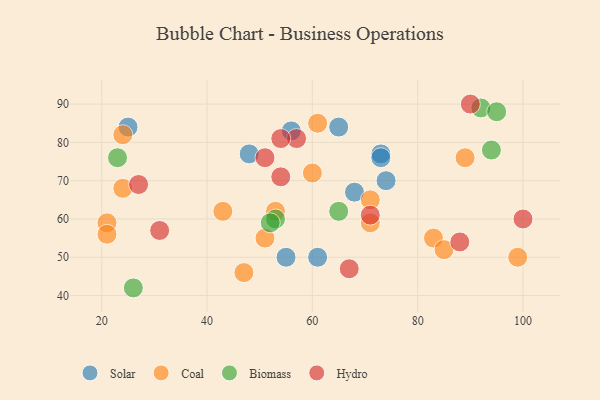
{"axis": {"x": "GDP", "y": "Life Expectancy"}, "legend": ["Biomass", "Coal", "Hydro", "Solar"], "data": [{"x": "61", "y": 50, "type": "Solar"}, {"x": "48", "y": 77, "type": "Solar"}, {"x": "73", "y": 77, "type": "Solar"}, {"x": "25", "y": 84, "type": "Solar"}, {"x": "73", "y": 76, "type": "Solar"}, {"x": "68", "y": 67, "type": "Solar"}, {"x": "65", "y": 84, "type": "Solar"}, {"x": "74", "y": 70, "type": "Solar"}, {"x": "56", "y": 83, "type": "Solar"}, {"x": "55", "y": 50, "type": "Solar"}, {"x": "43", "y": 62, "type": "Coal"}, {"x": "83", "y": 55, "type": "Coal"}, {"x": "21", "y": 59, "type": "Coal"}, {"x": "99", "y": 50, "type": "Coal"}, {"x": "24", "y": 68, "type": "Coal"}, {"x": "21", "y": 56, "type": "Coal"}, {"x": "60", "y": 72, "type": "Coal"}, {"x": "24", "y": 82, "type": "Coal"}, {"x": "89", "y": 76, "type": "Coal"}, {"x": "53", "y": 62, "type": "Coal"}, {"x": "85", "y": 52, "type": "Coal"}, {"x": "71", "y": 59, "type": "Coal"}, {"x": "51", "y": 55, "type": "Coal"}, {"x": "61", "y": 85, "type": "Coal"}, {"x": "71", "y": 65, "type": "Coal"}, {"x": "47", "y": 46, "type": "Coal"}, {"x": "92", "y": 89, "type": "Biomass"}, {"x": "94", "y": 78, "type": "Biomass"}, {"x": "95", "y": 88, "type": "Biomass"}, {"x": "53", "y": 60, "type": "Biomass"}, {"x": "65", "y": 62, "type": "Biomass"}, {"x": "52", "y": 59, "type": "Biomass"}, {"x": "26", "y": 42, "type": "Biomass"}, {"x": "23", "y": 76, "type": "Biomass"}, {"x": "88", "y": 54, "type": "Hydro"}, {"x": "54", "y": 71, "type": "Hydro"}, {"x": "27", "y": 69, "type": "Hydro"}, {"x": "71", "y": 61, "type": "Hydro"}, {"x": "67", "y": 47, "type": "Hydro"}, {"x": "51", "y": 76, "type": "Hydro"}, {"x": "90", "y": 90, "type": "Hydro"}, {"x": "31", "y": 57, "type": "Hydro"}, {"x": "57", "y": 81, "type": "Hydro"}, {"x": "100", "y": 60, "type": "Hydro"}, {"x": "54", "y": 81, "type": "Hydro"}]}